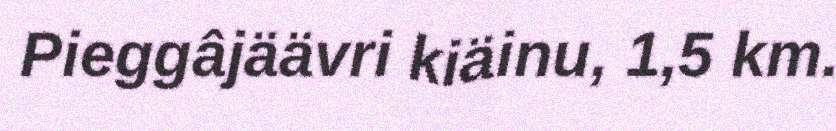
Pieggâjäävri kiäinu, 1,5 km.